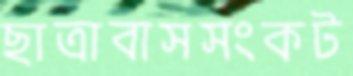
ছাত্রাবাসসংকট